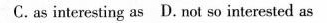
C.as interesting as D. not so interested as